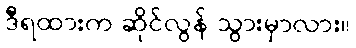
ဒီရထားက ဆိုင်လွန် သွားမှာလား။